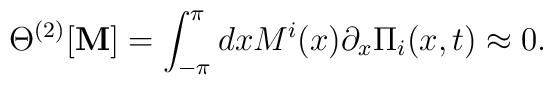
\Theta^{(2)}[{\bf M}]=\int_{-\pi}^{\pi}dx M^i(x)\partial_{x}\Pi_{i}(x,t)\approx 0.